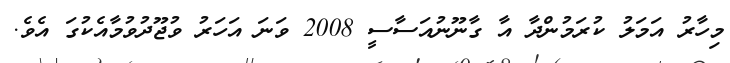
މިހާރު އަމަލު ކުރަމުންދާ އާ ގާނޫނުއަސާސީ 2008 ވަނަ އަހަރު ވުޖޫދުވުމާއެކުގަ އެވެ.